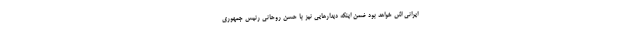
ایرانی اش خواهد بود ضمن اینکه دیدارهایی نیز با حسن روحانی رئیس جمهوری